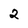
Character: 2